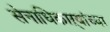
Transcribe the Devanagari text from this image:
सेनाधिकाऱ्यांच्या